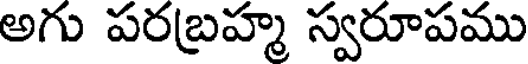
అగు పరబ్రహ్మ స్వరూపము